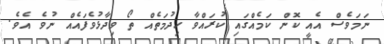
ނަމަވެސް އެއީ ކޮން ކަމެއްގައި ކުރައްވާ ހިދުމަތެއް ތޯ ވިދާޅުވެފައެއް ނުވެ އެވެ.